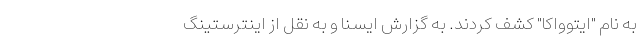
به نام "ایتوواکا" کشف کردند. به گزارش ایسنا و به نقل از اینترستینگ